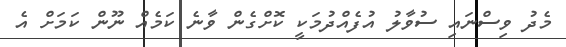
މެދު ވިސްނައި ސުވާލު އުފެއްދުމަކީ ކޮށްގެން ވާނެ ކަމެއް ނޫން ކަމަށް އެ